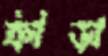
ক্রীড়া